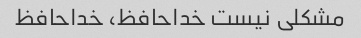
مشکلی نیست خداحافظ، خداحافظ